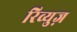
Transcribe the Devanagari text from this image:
रिव्युज़